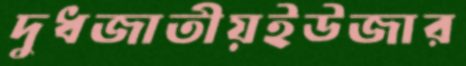
দুধজাতীয়ইউজার